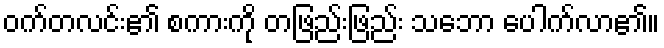
ဝက်တလင်း၏ စကားကို တဖြည်းဖြည်း သဘော ပေါက်လာ၏။